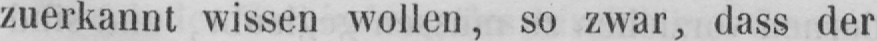
zuerkannt wissen wollen, so zwar, dass der